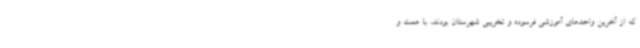
که از آخرین واحدهای آموزشی فرسوده و تخریبی شهرستان بودند، با همت و